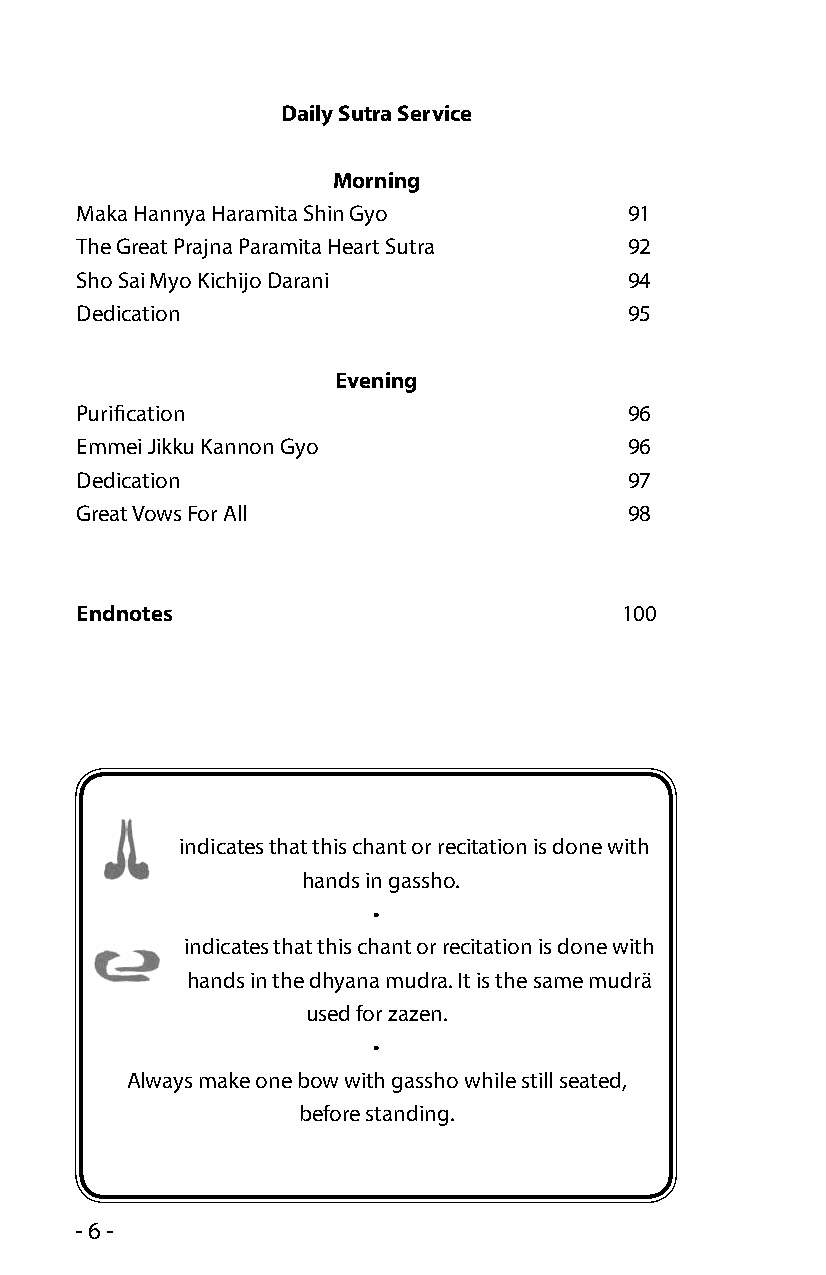
Daily Sutra Service
 Morning
 Maka Hannya Haramita Shin Gyo        91
 The Great Prajna Paramita Heart Sutra 92
 Sho Sai Myo Kichijo Darani           94
 Dedication                           95
 Evening
 Purification                         96
 Emmei Jikku Kannon Gyo               96
 Dedication                           97
 Great Vows For All                   98
 Endnotes                            100
 indicates that this chant or recitation is done with
 hands in gassho.
 •
 indicates that this chant or recitation is done with
 hands in the dhyana mudra. It is the same mudrä
 used for zazen.
 •
 Always make one bow with gassho while still seated,
 before standing.
 - 6 -